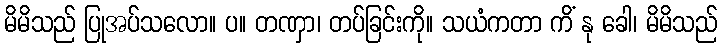
မိမိသည် ပြုအပ်သလော။ ပ။ တဏှာ၊ တပ်ခြင်းကို။ သယံကတာ ကိံ နု ခေါ၊ မိမိသည်